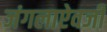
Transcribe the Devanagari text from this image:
जंगलाऐवजी